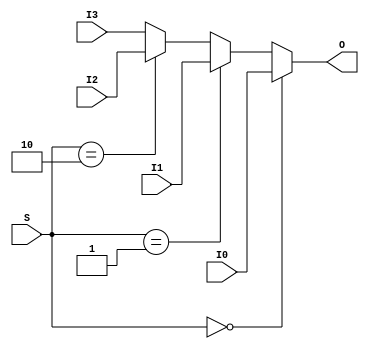
module Mux4x2 (
    input [1:0] I0,
    input [1:0] I1,
    input [1:0] I2,
    input [1:0] I3,
    input [1:0] S,
    output [1:0] O
);
reg [1:0] coreir_commonlib_mux4x2_inst0_out;
always @(*) begin
if (S == 0) begin
    coreir_commonlib_mux4x2_inst0_out = I0;
end else if (S == 1) begin
    coreir_commonlib_mux4x2_inst0_out = I1;
end else if (S == 2) begin
    coreir_commonlib_mux4x2_inst0_out = I2;
end else begin
    coreir_commonlib_mux4x2_inst0_out = I3;
end
end

assign O = coreir_commonlib_mux4x2_inst0_out;
endmodule